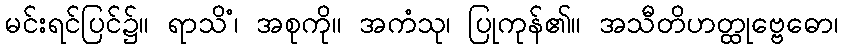
မင်းရင်ပြင်၌။ ရာသိံ၊ အစုကို။ အကံသု၊ ပြုကုန်၏။ အသီတိဟတ္ထုဗ္ဗေဓော၊